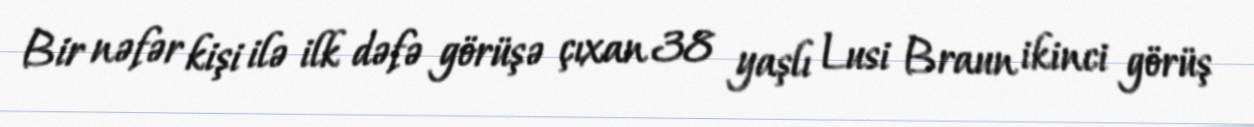
Bir nəfər kişi ilə ilk dəfə görüşə çıxan 38 yaşlı Lusi Braun ikinci görüş